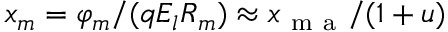
x _ { m } = \varphi _ { m } / ( q E _ { l } R _ { m } ) \approx x _ { \mathrm { ~ m ~ a ~ } } / ( 1 + u )